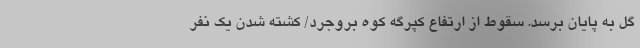
گل به پایان برسد. سقوط از ارتفاع کپرگه کوه بروجرد/ کشته شدن یک نفر